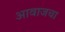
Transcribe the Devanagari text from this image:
आवाजचा